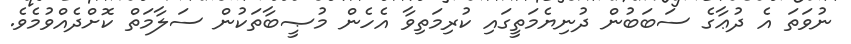
ނުވަތަ އެ ދުޢާގެ ސަބަބުން ދުނިޔެމަތީގައި ކުރިމަތިވާ އެހެން މުޞީބާތަކުން ސަލާމަތް ކޮށްދެއްވުމެވެ.